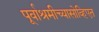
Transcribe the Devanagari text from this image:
पूर्वाश्रमीच्यासोव्हिएत